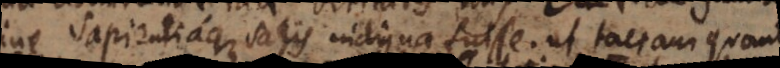
sapientiaque satis indigna fuisse, ut taceam quanti